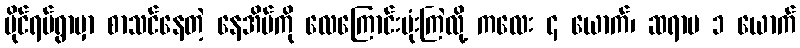
ပိုင်ရပ်ရွာမှာ စာသင်နေတဲ့ နေအိမ်ကို လေကြောင်းဗုံးကြဲလို့ ကလေး ၄ ယောက်၊ ဆရာမ ၁ ယောက်